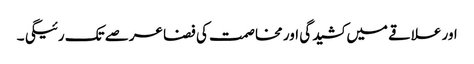
اور علاقے میں کشیدگی اور مخاصمت کی فضا عرصے تک رئیگی ۔